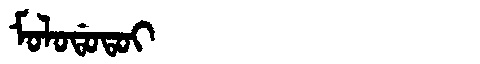
Manchu: ᠮᠣᠯᠣᡩᠣᡨᠣᡳ
Romanization: MOLODOTOI